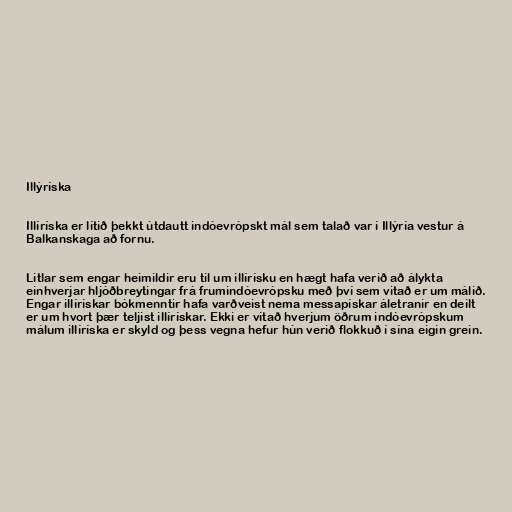
Illýríska

Illíríska er lítið þekkt útdautt indóevrópskt mál sem talað var í Illýría vestur á
Balkanskaga að fornu.

Litlar sem engar heimildir eru til um illírísku en hægt hafa verið að álykta
einhverjar hljóðbreytingar frá frumindóevrópsku með því sem vitað er um málið.
Engar illírískar bókmenntir hafa varðveist nema messapískar áletranir en deilt
er um hvort þær teljist illírískar. Ekki er vitað hverjum öðrum indóevrópskum
málum illíríska er skyld og þess vegna hefur hún verið flokkuð í sína eigin grein.